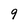
Character: 9